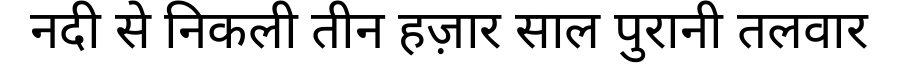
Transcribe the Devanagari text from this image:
नदी से निकली तीन हज़ार साल पुरानी तलवार